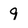
Character: 9